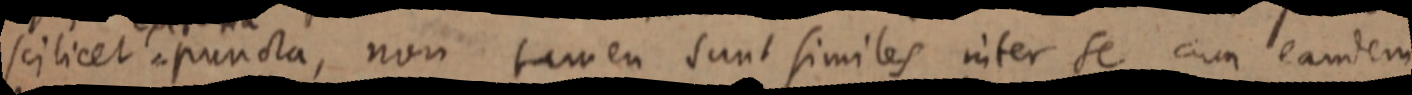
scilicet puncta, non tamen sunt similes inter se cum eamdem